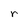
Character: r